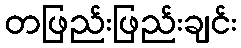
တဖြည်းဖြည်းချင်း